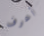
أعرف